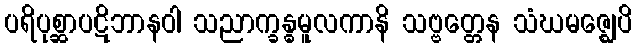
ပရိပုစ္ဆာပဋိဘာနဝါ သညာက္ခန္ဓမူလကာနိ သဗ္ဗတ္တေန သံဃမဇ္ဈေပိ